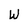
Character: W